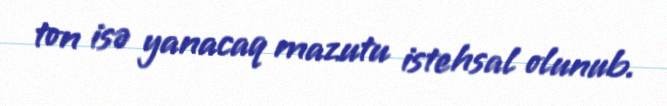
ton isə yanacaq mazutu istehsal olunub.